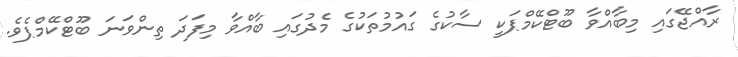
ރާއްޖޭގައި މިބާއްވާ ބޫޓްކޭމްޕަކީ ސާކުގެ ގައުމުތަކުގެ މެދުގައި ބާއްވާ މިފަދަ ތިންވަނަ ބޫޓްކޭމްޕެވެ.